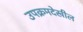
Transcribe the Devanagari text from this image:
उपक्रमदेखील